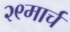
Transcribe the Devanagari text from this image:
२९मार्च